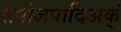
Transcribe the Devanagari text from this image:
तपोजपादिअक्ं